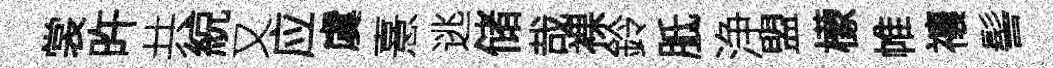
裳旿共綂又应虞憙逃储哉裸鈴胝浄盟檬帷禳髻